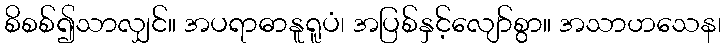
စိစစ်၍သာလျှင်။ အပရာဓာနူရူပံ၊ အပြစ်နှင့်လျော်စွာ။ အသာဟသေန၊